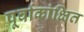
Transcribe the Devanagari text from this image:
पूर्वाकांक्षित